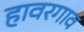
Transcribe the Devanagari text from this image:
हावरगाव